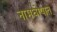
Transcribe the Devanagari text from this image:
नामघोषात